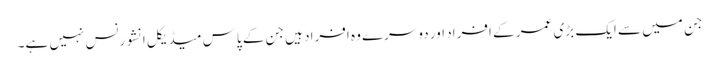
جن میں سے ایک بڑی عمر کے افراد اور دوسرے وہ افراد ہیں جن کے پاس میڈیکل انشورنس نہیں ہے۔